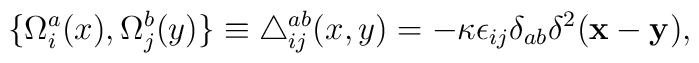
\{ \Omega_i^a(x), \Omega_j^b(y) \} \equiv  \triangle^{ab}_{ij}(x, y)                 =  - \kappa\epsilon_{ij}\delta_{ab}\delta^2({\bf x}  - {\bf y}),